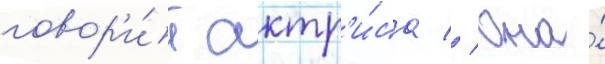
говор'и́т актр'и́са // Она́